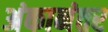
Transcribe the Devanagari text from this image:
अंकानंतर